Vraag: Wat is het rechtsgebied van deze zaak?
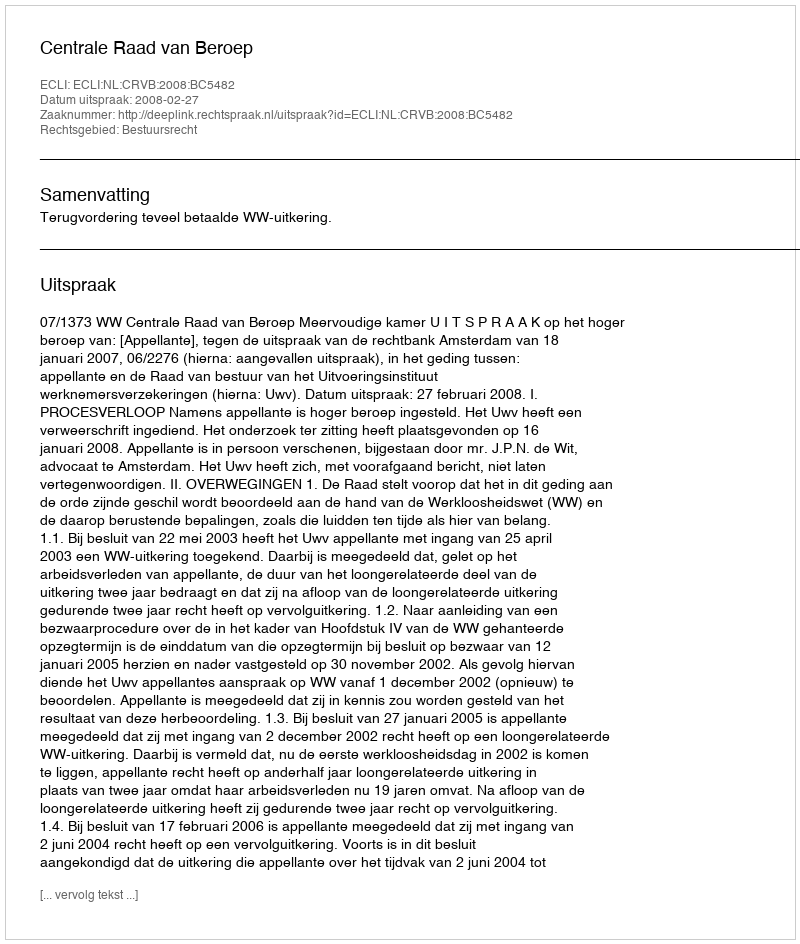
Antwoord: Bestuursrecht